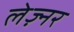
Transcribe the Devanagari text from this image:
लेज़्नर